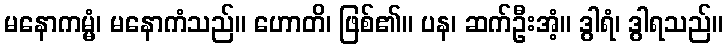
မနောကမ္မံ၊ မနောကံသည်။ ဟောတိ၊ ဖြစ်၏။ ပန၊ ဆက်ဦးအံ့။ ဒွါရံ၊ ဒွါရသည်။